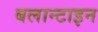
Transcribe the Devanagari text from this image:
बलान्टाइन